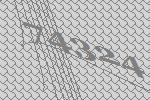
74324